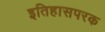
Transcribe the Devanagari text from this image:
इतिहासपरक